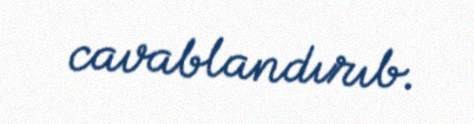
cavablandırıb.